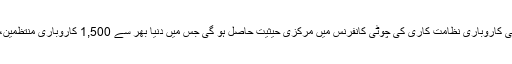
کیالی جیسی خواتین کاروباری منتظمین کو 28 تا 30 نومبر بھارت کے شہر حیدرآباد میں ہونے والی عالمی کاروباری نظامت کاری کی چوٹی کانفرنس میں مرکزی حیثیت حاصل ہو گی جس میں دنیا بھر سے 1,500 کاروباری منتظمین، رضاکارانہ طور پرسرمایہ کاری کرنے والے اور نجی اور سرکاری شعبوں کے رہنما شرکت کریں گے۔